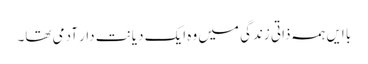
با ایں ہمہ ذاتی زندگی میں وہ ایک دیانت دار آدمی تھا۔